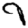
Digit: 9